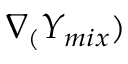
\nabla _ { ( } Y _ { m i x } )